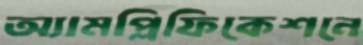
অ্যামপ্লিফিকেশনে